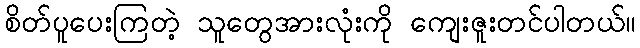
စိတ်ပူပေးကြတဲ့ သူတွေအားလုံးကို ကျေးဇူးတင်ပါတယ်။